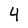
Character: 4